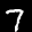
Label: 7